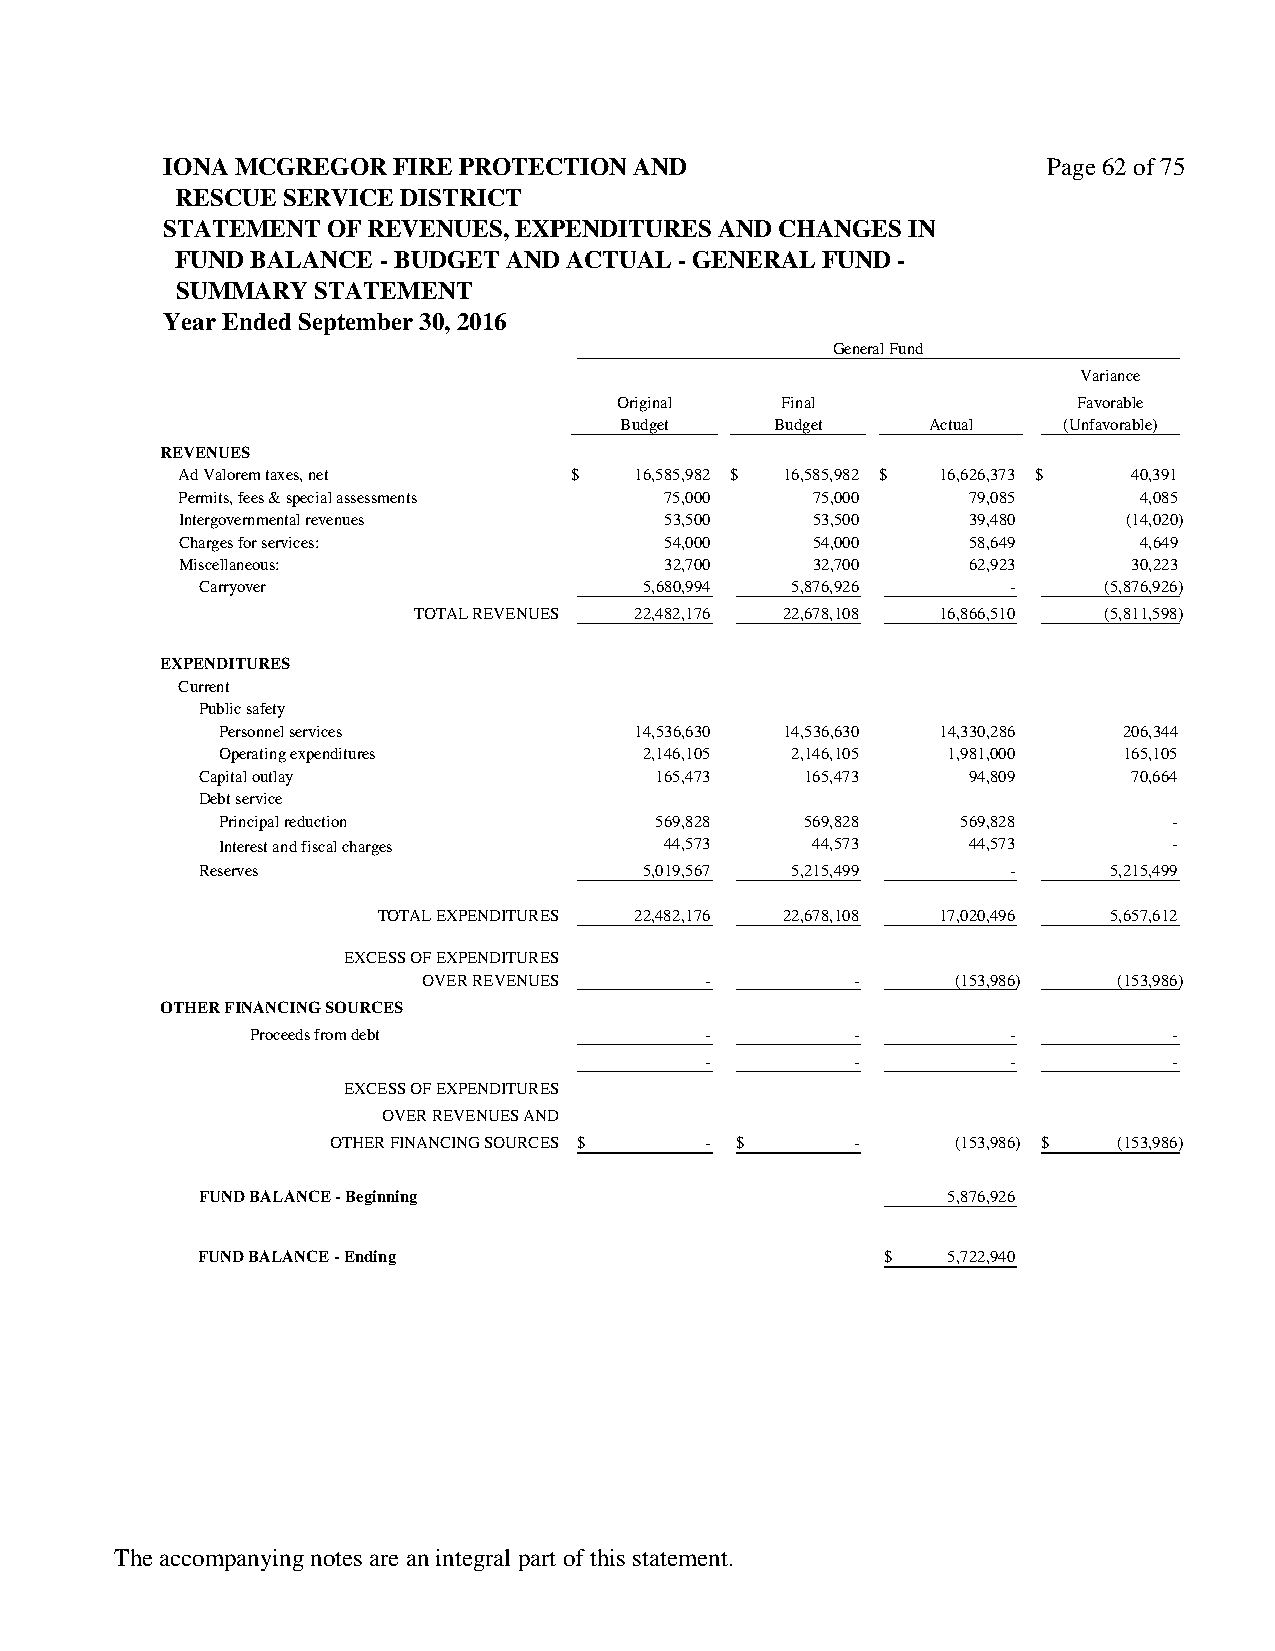
IONA MCGREGOR  FIRE PROTECTION AND                        Page 62 of 75
 RESCUE SERVICE DISTRICT
 STATEMENT  OF REVENUES, EXPENDITURES AND CHANGES IN
 FUND BALANCE - BUDGET AND ACTUAL - GENERAL FUND -
 SUMMARY  STATEMENT
 Year Ended September 30, 2016
 General Fund
 Variance
 Original   Final              Favorable
 Budget    Budget    Actual   (Unfavorable)
 REVENUES
 Ad Valorem taxes, net     $   16,585,982 $ 1 6,585,982 $ 16,626,373 $ 40,391
 Permits, fees & special assessments 75,000 7 5,000  79,085     4,085
 Intergovernmental revenues      53,500    5 3,500   39,480     (14,020)
 Charges for services:           54,000    5 4,000   58,649     4,649
 Miscellaneous:                  32,700    3 2,700   62,923     30,223
 Carryover                     5,680,994 5,876,926     -     (5,876,926)
 TOTAL REVENUES 22,482,176 22,678,108 16,866,510 (5,811,598)
 EXPENDITURES
 Current
 Public safety
 Personnel services          14,536,630 1 4,536,630 14,330,286 206,344
 Operating expenditures       2,146,105 2 ,146,105 1,981,000 165,105
 Capital outlay                165,473   1 65,473   94,809     70,664
 Debt service
 Principal reduction          569,828   5 69,828   569,828       -
 Interest and fiscal charges   44,573    4 4,573   44,573        -
 Reserves                      5,019,567 5,215,499     -     5,215,499
 TOTAL EXPENDITURES 22,482,176 22,678,108 17,020,496 5,657,612
 EXCESS OF EXPENDITURES
 OVER REVENUES      -         -     (153,986)  (153,986)
 OTHER FINANCING SOURCES
 Proceeds from debt            -         -         -          -
 -         -         -          -
 EXCESS OF EXPENDITURES
 OVER REVENUES AND
 OTHER FINANCING SOURCES $ - $      -     (153,986) $ (153,986)
 FUND BALANCE - Beginning                          5,876,926
 FUND BALANCE - Ending                         $   5,722,940
 The accompanying notes are an integral part of this statement.